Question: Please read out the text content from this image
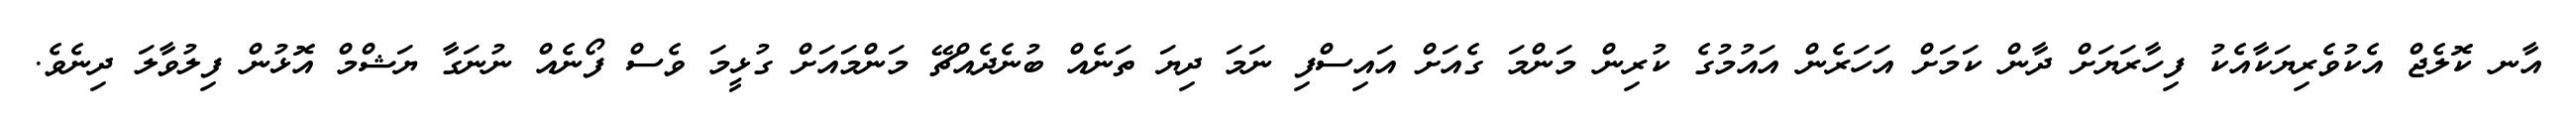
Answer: އާނ ކޮލެޖް އެކުވެރިޔަކާއެކު ފިހާރަޔަށް ދާން ކަމަށް އަހަރެން އައުމުގެ ކުރިން މަންމަ ގެއަށް އައިސްފި ނަމަ ދިޔަ ތަނެއް ބުނެދެއްޗޭ މަންމައަށް ގުޅީމަ ވެސް ފޯނެއް ނުނަގާ ޔަޝްމް އޮޅުން ފިލުވާލަ ދިނެވެ.